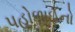
પહોળાઈનો